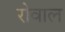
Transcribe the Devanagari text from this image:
रोवाल